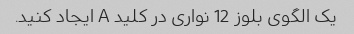
یک الگوی بلوز 12 نواری در کلید A ایجاد کنید.